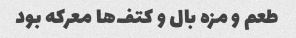
طعم و مزه بال و کتف‌ها معرکه بود